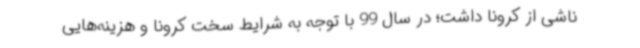
ناشی از کرونا داشت؛ در سال 99 با توجه به شرایط سخت کرونا و هزینه‌هایی